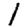
Digit: 1